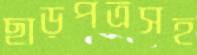
ছাড়পত্রসহ